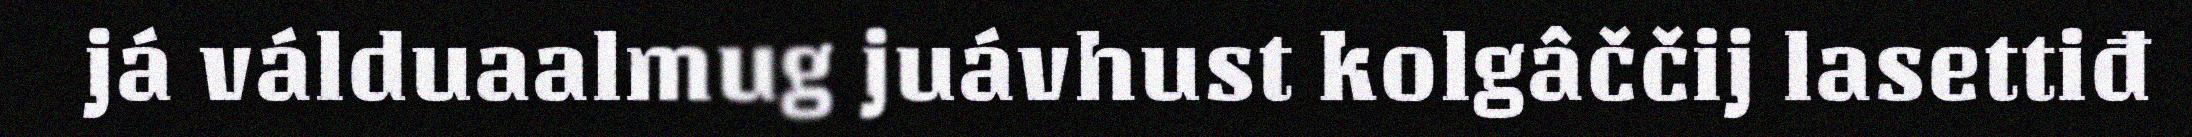
já válduaalmug juávhust kolgâččij lasettiđ